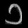
Digit: ၁